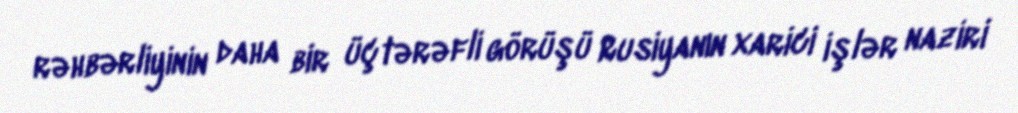
rəhbərliyinin daha bir üçtərəfli görüşü Rusiyanın xarici işlər naziri